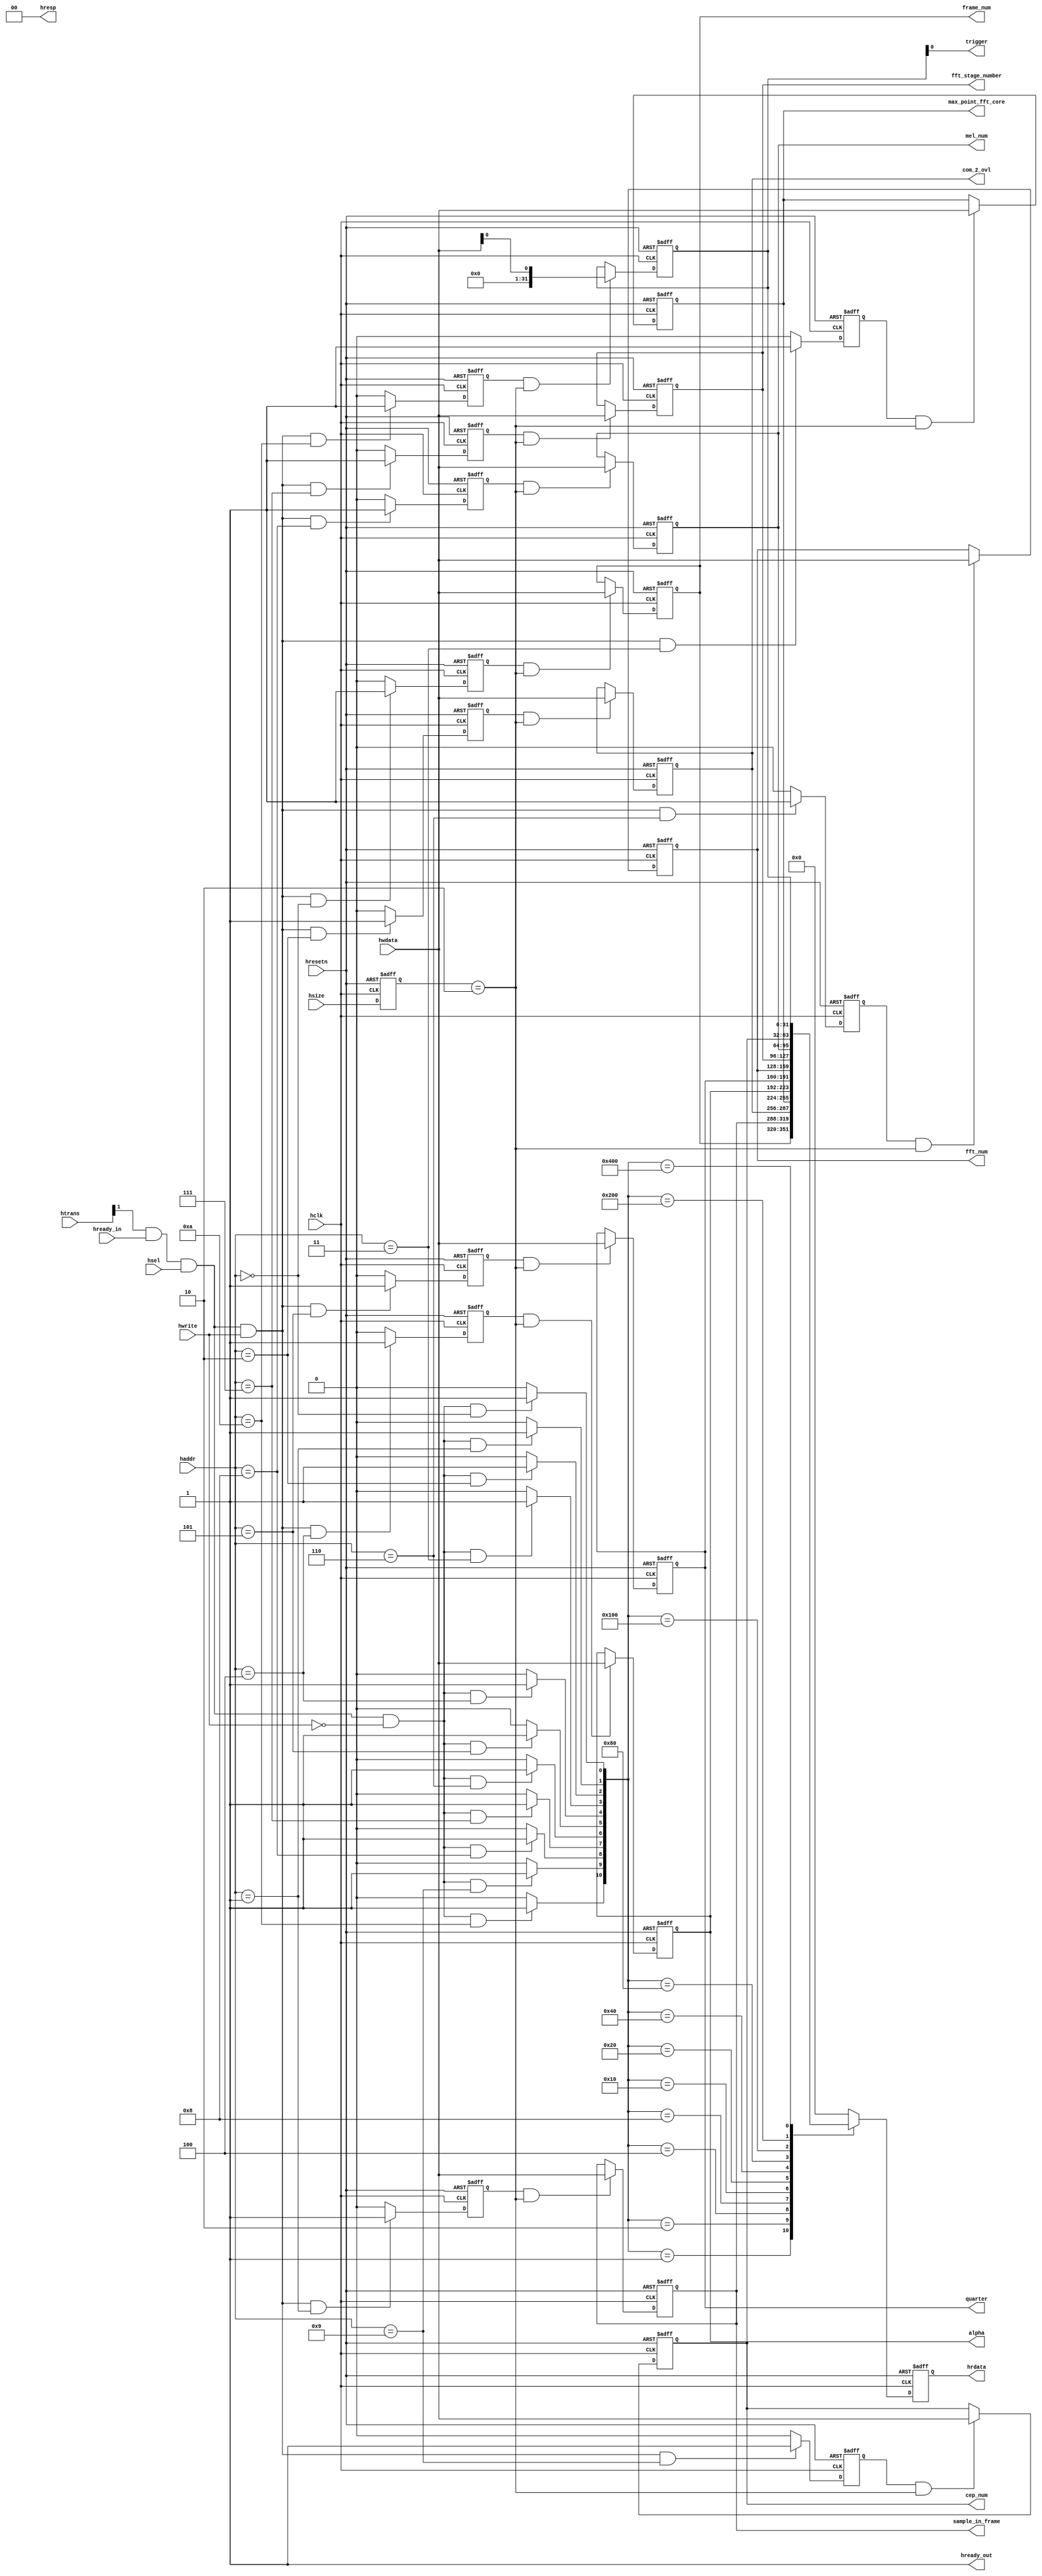
module ahb (
            hclk
           ,hresetn
           ,htrans
           ,haddr
           ,hwdata
           ,hready_in
           ,hsel
           ,hwrite
           ,hsize
           ,hresp
           ,hready_out
           ,hrdata
           ,frame_num    
           ,sample_in_frame
           ,com_2_ovl
           ,max_point_fft_core
           ,alpha
           ,quarter
           ,fft_num
           ,fft_stage_number
           ,mel_num
           ,cep_num
           ,trigger
           );
 
input hclk;                      //clk
input hresetn;                   //rst_n
input [1:0]htrans;
input [11:0]haddr;
input [31:0]hwdata;
input hready_in;
input hsel;
input hwrite;
input [2:0]hsize;
output [1:0]hresp;
output hready_out;
output [31:0]hrdata; 
output [31:0]frame_num;           //frame_num register
output [31:0]sample_in_frame;     //sample_in_frame register
output [31:0]com_2_ovl;           //com_2_ovl register
output [31:0]max_point_fft_core;  //max_point_fft_core register
output [31:0]alpha;               //alpha register
output [31:0]quarter;             //quarter register
output [31:0]fft_num;             //fft_num register
output [31:0]fft_stage_number;    //fft_stage_number register
output [31:0]mel_num;             //mel_num register
output [31:0]cep_num;             //cep_num register
output trigger;                   //trigger bit
 
wire hclk;
wire hresetn;
wire [1:0]htrans;
wire [11:0]haddr;
wire [31:0]hwdata;
wire hready_in;
wire hsel;
wire hwrite;
wire [2:0]hsize;
wire [1:0]hresp;
wire hready_out;
reg [31:0]hrdata; 
reg [31:0]frame_num;
reg [31:0]sample_in_frame;
reg [31:0]com_2_ovl;
reg [31:0]max_point_fft_core;
reg [31:0]alpha;
reg [31:0]quarter;
reg [31:0]fft_num;
reg [31:0]fft_stage_number;
reg [31:0]mel_num;
reg [31:0]cep_num;
reg [31:0]trigger_reg;
wire trigger;
 
//Internal signals
  //write register select signals
reg wr_frame_num_sel;          
reg wr_sample_in_frame_sel;
reg wr_com_2_ovl_sel;
reg wr_max_point_fft_core_sel;
reg wr_alpha_sel;
reg wr_quarter_sel;
reg wr_fft_num_sel;
reg wr_fft_stage_number_sel;
reg wr_mel_num_sel;
reg wr_cep_num_sel;
reg wr_trigger_sel;

  //read register select signals
wire rd_frame_num_sel;
wire rd_sample_in_frame_sel;
wire rd_com_2_ovl_sel;
wire rd_max_point_fft_core_sel;
wire rd_alpha_sel;
wire rd_quarter_sel;
wire rd_fft_num_sel;
wire rd_fft_stage_number_sel;
wire rd_mel_num_sel;
wire rd_cep_num_sel;
wire rd_trigger_sel;

  //temp registers
wire [31:0]nxt_frame_num;
wire [31:0]nxt_sample_in_frame;
wire [31:0]nxt_com_2_ovl;
wire [31:0]nxt_max_point_fft_core;
wire [31:0]nxt_alpha;
wire [31:0]nxt_quarter;
wire [31:0]nxt_fft_num;
wire [31:0]nxt_fft_stage_number;
wire [31:0]nxt_mel_num;
wire [31:0]nxt_cep_num;
wire [31:0]nxt_trigger_reg;
 
  //Others
reg [2:0]temp_hsize;
wire [10:0]rd_sel_reg;
reg [31:0]nxt_hrdata;
wire wr_en;
wire rd_en;

//Operations

//1. wr_en & rd_en
assign wr_en = htrans[1] & hready_in & hsel & hwrite;
assign rd_en = htrans[1] & hready_in & hsel & ~hwrite;

//2. Select Registers
// 2.1 For write
    //Select frame_num register
always @(posedge hclk or negedge hresetn) begin
  if (!hresetn) begin
    wr_frame_num_sel <= 1'b0; 
  end
  else begin
    if (wr_en && (haddr[11:0] == 12'h000)) begin      
      wr_frame_num_sel <= 1'b1;
    end
    else begin
      wr_frame_num_sel <= 1'b0;
    end        
  end        
end        
    //Select sample_in_frame register
always @(posedge hclk or negedge hresetn) begin
  if (!hresetn) begin
    wr_sample_in_frame_sel <= 1'b0; 
  end
  else begin
    if (wr_en && (haddr[11:0] == 12'h001)) begin      
      wr_sample_in_frame_sel <= 1'b1;
    end
    else begin
      wr_sample_in_frame_sel <= 1'b0;
    end        
  end        
end        
    //Select com_2_ovl register
always @(posedge hclk or negedge hresetn) begin
  if (!hresetn) begin
    wr_com_2_ovl_sel <= 1'b0; 
  end
  else begin
    if (wr_en && (haddr[11:0] == 12'h002)) begin      
      wr_com_2_ovl_sel <= 1'b1;
    end
    else begin
      wr_com_2_ovl_sel <= 1'b0;
    end        
  end        
end        
    //Select max_point_fft_core register
always @(posedge hclk or negedge hresetn) begin
  if (!hresetn) begin
    wr_max_point_fft_core_sel <= 1'b0; 
  end
  else begin
    if (wr_en && (haddr[11:0] == 12'h003)) begin      
      wr_max_point_fft_core_sel <= 1'b1;
    end
    else begin
      wr_max_point_fft_core_sel <= 1'b0;
    end        
  end        
end        
    //Select alpha register 
always @(posedge hclk or negedge hresetn) begin
  if (!hresetn) begin
    wr_alpha_sel <= 1'b0; 
  end
  else begin
    if (wr_en && (haddr[11:0] == 12'h004)) begin      
      wr_alpha_sel <= 1'b1;
    end
    else begin
      wr_alpha_sel <= 1'b0;
    end        
  end        
end        
    //Select quarter register
always @(posedge hclk or negedge hresetn) begin
  if (!hresetn) begin
    wr_quarter_sel <= 1'b0; 
  end
  else begin
    if (wr_en && (haddr[11:0] == 12'h005)) begin      
      wr_quarter_sel <= 1'b1;
    end
    else begin
      wr_quarter_sel <= 1'b0;
    end        
  end        
end        
    //Select fft_num register
always @(posedge hclk or negedge hresetn) begin
  if (!hresetn) begin
    wr_fft_num_sel <= 1'b0; 
  end
  else begin
    if (wr_en && (haddr[11:0] == 12'h006)) begin      
      wr_fft_num_sel <= 1'b1;
    end
    else begin
      wr_fft_num_sel <= 1'b0;
    end        
  end        
end        
    //Select fft_stage_number register
always @(posedge hclk or negedge hresetn) begin
  if (!hresetn) begin
    wr_fft_stage_number_sel <= 1'b0; 
  end
  else begin
    if (wr_en && (haddr[11:0] == 12'h007)) begin      
      wr_fft_stage_number_sel <= 1'b1;
    end
    else begin
      wr_fft_stage_number_sel <= 1'b0;
    end        
  end        
end        
    //Select mel_num register
always @(posedge hclk or negedge hresetn) begin
  if (!hresetn) begin
    wr_mel_num_sel <= 1'b0; 
  end
  else begin
    if (wr_en && (haddr[11:0] == 12'h008)) begin      
      wr_mel_num_sel <= 1'b1;
    end
    else begin
      wr_mel_num_sel <= 1'b0;
    end        
  end        
end        
    //Select cep_num register
always @(posedge hclk or negedge hresetn) begin
  if (!hresetn) begin
    wr_cep_num_sel <= 1'b0; 
  end
  else begin
    if (wr_en && (haddr[11:0] == 12'h009)) begin      
      wr_cep_num_sel <= 1'b1;
    end
    else begin
      wr_cep_num_sel <= 1'b0;
    end        
  end        
end        
    //Select trigger register 
always @(posedge hclk or negedge hresetn) begin
  if (!hresetn) begin
    wr_trigger_sel <= 1'b0; 
  end
  else begin
    if (wr_en && (haddr[11:0] == 12'h00a)) begin      
      wr_trigger_sel <= 1'b1;
    end
    else begin
      wr_trigger_sel <= 1'b0;
    end        
  end        
end        

// 2.2 For read
assign rd_frame_num_sel =          (rd_en & (haddr[11:0] == 12'h000))? 1'b1:1'b0;
assign rd_sample_in_frame_sel =    (rd_en & (haddr[11:0] == 12'h001))? 1'b1:1'b0;
assign rd_com_2_ovl_sel =          (rd_en & (haddr[11:0] == 12'h002))? 1'b1:1'b0;
assign rd_max_point_fft_core_sel = (rd_en & (haddr[11:0] == 12'h003))? 1'b1:1'b0;
assign rd_alpha_sel =              (rd_en & (haddr[11:0] == 12'h004))? 1'b1:1'b0;
assign rd_quarter_sel =            (rd_en & (haddr[11:0] == 12'h005))? 1'b1:1'b0;
assign rd_fft_num_sel =            (rd_en & (haddr[11:0] == 12'h006))? 1'b1:1'b0;
assign rd_fft_stage_number_sel =   (rd_en & (haddr[11:0] == 12'h007))? 1'b1:1'b0;
assign rd_mel_num_sel =            (rd_en & (haddr[11:0] == 12'h008))? 1'b1:1'b0;
assign rd_cep_num_sel =            (rd_en & (haddr[11:0] == 12'h009))? 1'b1:1'b0;
assign rd_trigger_sel =            (rd_en & (haddr[11:0] == 12'h00a))? 1'b1:1'b0;

//3. Write Data
always @(posedge hclk or negedge hresetn) begin
  if (!hresetn) begin
    temp_hsize <= 3'b0; 
  end
  else begin
    temp_hsize <= hsize; 
  end
end        

assign nxt_frame_num =          (wr_frame_num_sel &          (temp_hsize == 2'h2))? hwdata[31:0]:frame_num;
assign nxt_sample_in_frame =    (wr_sample_in_frame_sel &    (temp_hsize == 2'h2))? hwdata[31:0]:sample_in_frame;
assign nxt_com_2_ovl =          (wr_com_2_ovl_sel &          (temp_hsize == 2'h2))? hwdata[31:0]:com_2_ovl;
assign nxt_max_point_fft_core = (wr_max_point_fft_core_sel & (temp_hsize == 2'h2))? hwdata[31:0]:max_point_fft_core;
assign nxt_alpha =              (wr_alpha_sel &              (temp_hsize == 2'h2))? hwdata[31:0]:alpha;
assign nxt_quarter =            (wr_quarter_sel &            (temp_hsize == 2'h2))? hwdata[31:0]:quarter;
assign nxt_fft_num =            (wr_fft_num_sel &            (temp_hsize == 2'h2))? hwdata[31:0]:fft_num;
assign nxt_fft_stage_number =   (wr_fft_stage_number_sel &   (temp_hsize == 2'h2))? hwdata[31:0]:fft_stage_number;
assign nxt_mel_num =            (wr_mel_num_sel &            (temp_hsize == 2'h2))? hwdata[31:0]:mel_num;
assign nxt_cep_num =            (wr_cep_num_sel &            (temp_hsize == 2'h2))? hwdata[31:0]:cep_num;
assign nxt_trigger_reg =        (wr_trigger_sel &            (temp_hsize == 2'h2))? {31'b0,hwdata[0]}:trigger_reg;

//    frame_num register
always @(posedge hclk or negedge hresetn) begin
  if (!hresetn) begin
    frame_num <= 32'b0; 
  end
  else begin
    frame_num <= nxt_frame_num;
  end        
end        
//    sample_in_frame register
always @(posedge hclk or negedge hresetn) begin
  if (!hresetn) begin
    sample_in_frame <= 32'b0; 
  end
  else begin
    sample_in_frame <= nxt_sample_in_frame;
  end        
end        
//    com_2_ovl register
always @(posedge hclk or negedge hresetn) begin
  if (!hresetn) begin
    com_2_ovl <= 32'b0; 
  end
  else begin
    com_2_ovl <= nxt_com_2_ovl;
  end        
end        
//    max_point_fft_core register
always @(posedge hclk or negedge hresetn) begin
  if (!hresetn) begin
    max_point_fft_core <= 32'b0; 
  end
  else begin
    max_point_fft_core <= nxt_max_point_fft_core;
  end        
end        
//    alpha register
always @(posedge hclk or negedge hresetn) begin
  if (!hresetn) begin
    alpha <= 32'b0; 
  end
  else begin
    alpha <= nxt_alpha;
  end        
end        
//    quarter register
always @(posedge hclk or negedge hresetn) begin
  if (!hresetn) begin
    quarter <= 32'b0; 
  end
  else begin
    quarter <= nxt_quarter;
  end        
end        
//    fft_num register
always @(posedge hclk or negedge hresetn) begin
  if (!hresetn) begin
    fft_num <= 32'b0; 
  end
  else begin
    fft_num <= nxt_fft_num;
  end        
end        
//    fft_stage_number register
always @(posedge hclk or negedge hresetn) begin
  if (!hresetn) begin
    fft_stage_number <= 32'b0; 
  end
  else begin
    fft_stage_number <= nxt_fft_stage_number;
  end        
end        
//    mel_num register
always @(posedge hclk or negedge hresetn) begin
  if (!hresetn) begin
    mel_num <= 32'b0; 
  end
  else begin
    mel_num <= nxt_mel_num;
  end        
end        
//    cep_num register
always @(posedge hclk or negedge hresetn) begin
  if (!hresetn) begin
    cep_num <= 32'b0; 
  end
  else begin
    cep_num <= nxt_cep_num;
  end        
end        
//    trigger register
always @(posedge hclk or negedge hresetn) begin
  if (!hresetn) begin
    trigger_reg <= 32'b0; 
  end
  else begin
    trigger_reg <= nxt_trigger_reg;
  end        
end        
//    trigger bit
assign trigger = trigger_reg[0];

//4. Read Data
assign rd_sel_reg = {rd_trigger_sel,rd_cep_num_sel,rd_mel_num_sel,rd_fft_stage_number_sel,rd_fft_num_sel,rd_quarter_sel,rd_alpha_sel,rd_max_point_fft_core_sel,rd_com_2_ovl_sel,rd_sample_in_frame_sel,rd_frame_num_sel}; 
always @(rd_sel_reg or frame_num or sample_in_frame or com_2_ovl or max_point_fft_core or alpha or quarter or fft_num or fft_stage_number or mel_num or cep_num or trigger_reg) begin
  case (rd_sel_reg)
    11'b000_0000_0001: nxt_hrdata = frame_num;
    11'b000_0000_0010: nxt_hrdata = sample_in_frame;
    11'b000_0000_0100: nxt_hrdata = com_2_ovl;
    11'b000_0000_1000: nxt_hrdata = max_point_fft_core;
    11'b000_0001_0000: nxt_hrdata = alpha;
    11'b000_0010_0000: nxt_hrdata = quarter;
    11'b000_0100_0000: nxt_hrdata = fft_num;
    11'b000_1000_0000: nxt_hrdata = fft_stage_number;
    11'b001_0000_0000: nxt_hrdata = mel_num;
    11'b010_0000_0000: nxt_hrdata = cep_num;
    11'b100_0000_0000: nxt_hrdata = trigger_reg;
    default:           nxt_hrdata = 32'b0;
  endcase        
end        

always @(posedge hclk or negedge hresetn) begin
  if (!hresetn) begin
    hrdata <= 32'b0; 
  end
  else begin
    hrdata <= nxt_hrdata;
  end        
end        

//AHB Responds
assign hresp = 2'b0;
assign hready_out = 1'b1;

endmodule